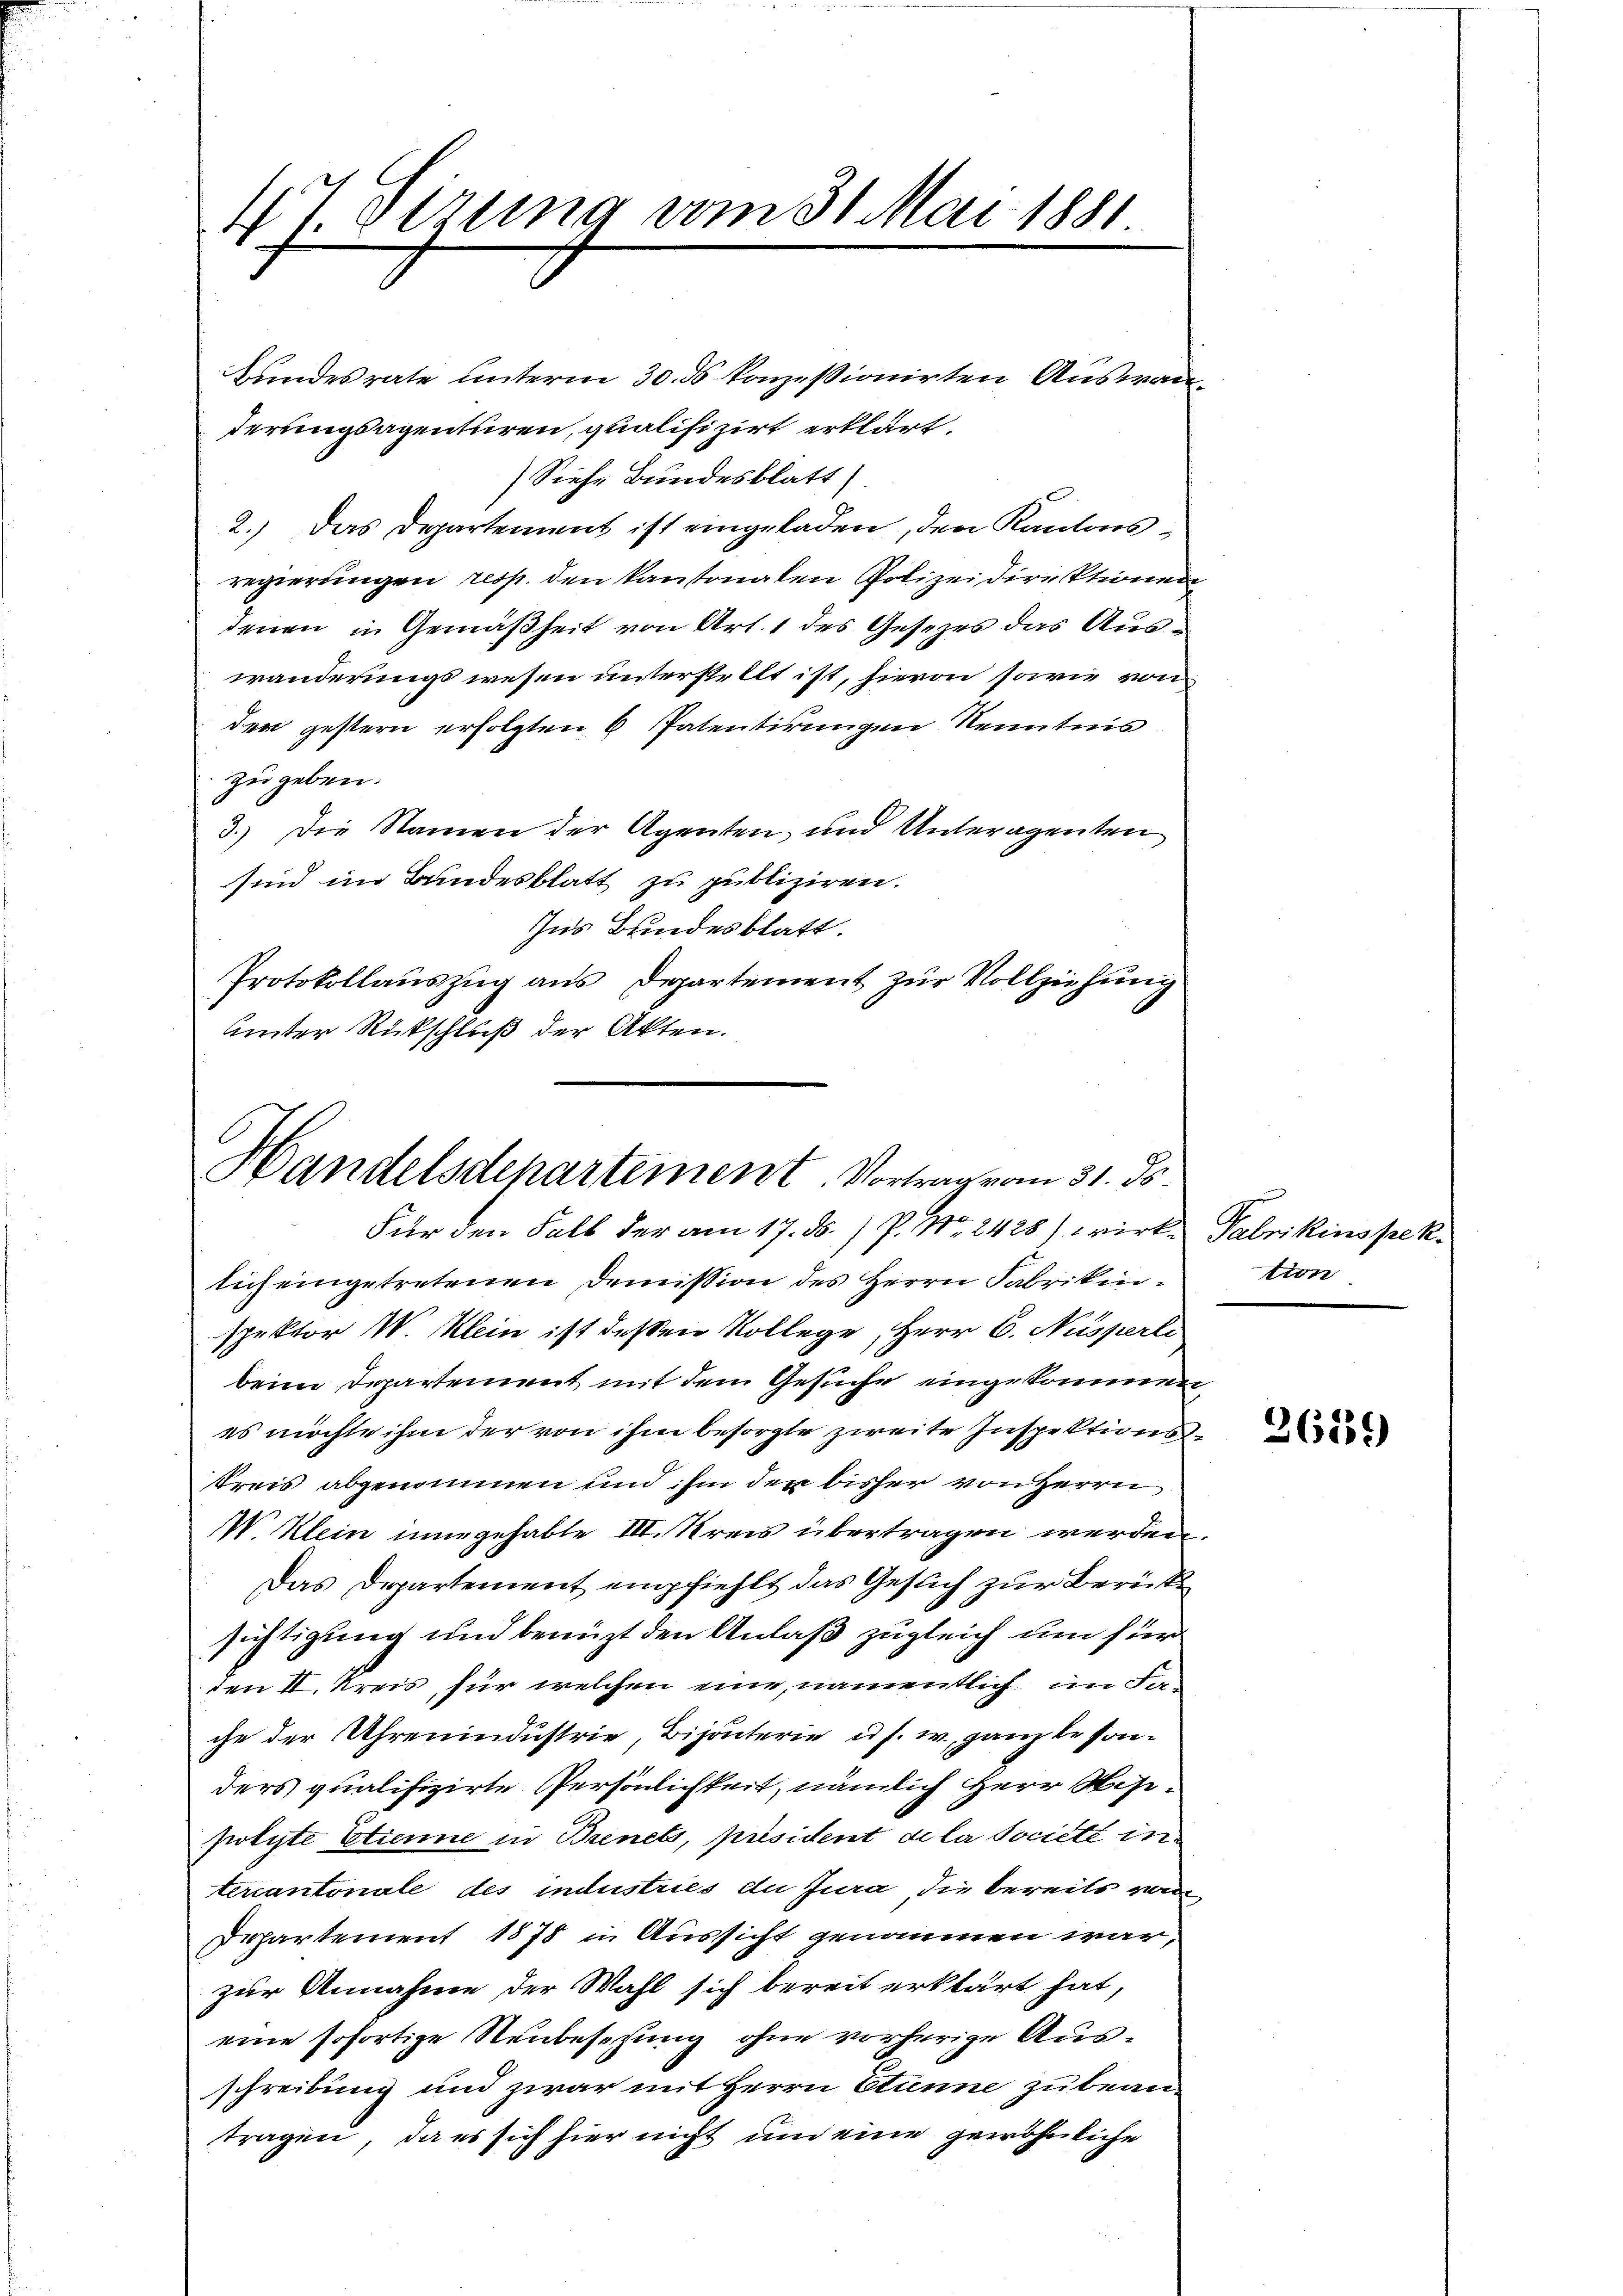
47. Derung vom 31. Mai 1881

Bundesrate unterm 30. ds konzessionirten Auswan
derungsagentiren, qualifizirt erklärt.
Siehe Bundesblatt)
2.) Das Departement ist eingeladen, den Kantonsregierungen resp. den kantonalen Polizeidirektionen
denen in Gemäßheit von Art. 1 des Gesezes das Auswanderungswesen unterstellt ist, hievon sowie von
den gestern erfolgten 6 Patentirungen Kenntnis
zu geben.
3.) Die Namen der Agenten und Unteragenten
sind im Bundesblatt zu publiziren.
Ins Bundesblatt.
Protokollauszug aus Departement zur Vollziehung
Unter Rückschluß der Akten.

Handelsdepartement. Vortrag vom 31. ds.
Für den Fall der am 17. ds. / P. Nr. 2428) wirk-Fabrikinspek¬

lich eingetretenen Demission des Herrn Fabrikinspektor I. Klein ist deßen Kollege, Herr C. Nusperli
beim Departement mit dem Gesuche eingekommen,
es möchte ihm der von ihm besorgte zweite Inspektions¬
Kreis abgenommen und ihm der bisher von Herrn
IV Klein inne gehabte III. Kreis übertragen werden.
Das Departement empfiehlt das Gesuch zur Berück
sichtigung und benuzt den Anlaß zugleich um für
den II. Kreis für welchen eine, namentlich im Fache der Uhrenindustrie, Bijönterie u. s. w., ganz besonders qualifizirte Persönlichkeit, nämlich Herr Visipolyte Etienne in Brenets, präsident de la Societe in
tercantonale des industries du Jura, die bereits vo
Departement 1878 in Aussicht genommen war,
zur Annahme der Wahl sich bereit erklärt hat,
eine sofortige Neubesetzung ohne vorherige Ausschreibung und zwar mit Herrn Etune zu bean-
tragen, da es sich hier nicht um eine gewöhnliche

tion

26135)